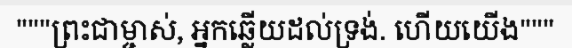
"""ព្រះជាម្ចាស់, អ្នកឆ្លើយដល់ទ្រង់. ហើយយើង"""